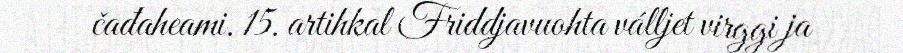
čađaheami. 15. artihkal Friddjavuohta válljet virggi ja